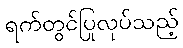
ရက်တွင်ပြုလုပ်သည့်